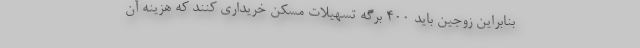
بنابراین زوجین باید ۴۰۰ برگه تسهیلات مسکن خریداری کنند که هزینه آن